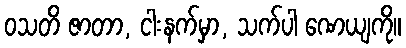
ဝသတိ ဇာတာ, ငါးနက်မှာ, သက်ပါ ဏေယျကို။